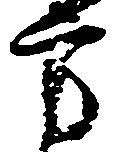
方